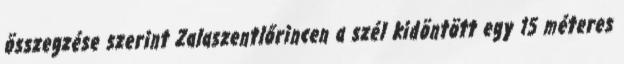
összegzése szerint Zalaszentlőrincen a szél kidöntött egy 15 méteres